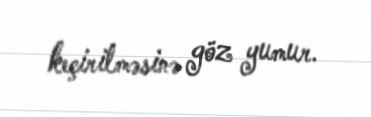
keçirilməsinə göz yumur.